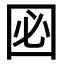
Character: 㘠